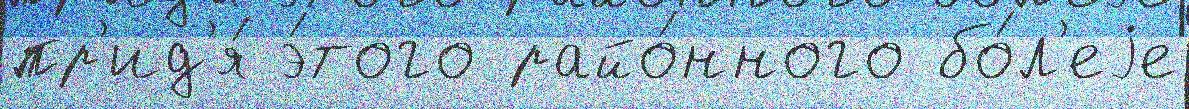
пр'ид'я́ э́того райо́нного бо́л'еjе